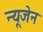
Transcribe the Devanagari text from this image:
न्यूजेन